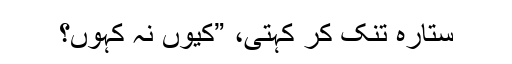
ستارہ تنک کر کہتی، ”کیوں نہ کہوں؟